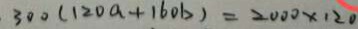
3 0 0 ( 1 2 0 a + 1 6 0 b ) = 2 0 0 0 \times 1 2 0